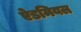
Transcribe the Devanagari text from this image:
ऐडमियल